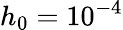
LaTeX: h_{0}=10^{-4}